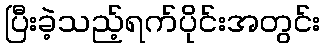
ပြီးခဲ့သည့်ရက်ပိုင်းအတွင်း